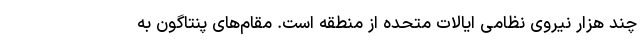
چند هزار نیروی نظامی ایالات متحده از منطقه است. مقام‌های پنتاگون به